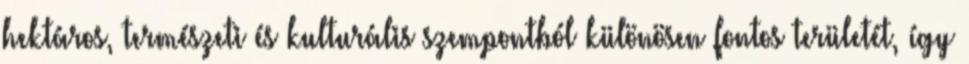
hektáros, természeti és kulturális szempontból különösen fontos területét, így